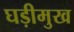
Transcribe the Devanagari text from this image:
घड़ीमुख